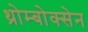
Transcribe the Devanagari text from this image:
थ्रोम्बोक्सेन